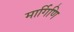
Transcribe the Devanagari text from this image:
मार्गिणि